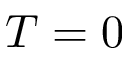
T = 0